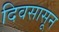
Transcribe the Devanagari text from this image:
दिवसासून